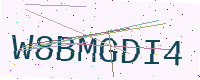
Text: W8BMGDI4